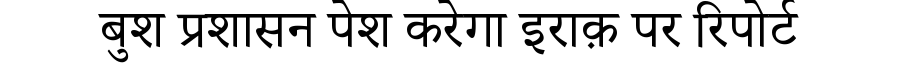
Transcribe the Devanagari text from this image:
बुश प्रशासन पेश करेगा इराक़ पर रिपोर्ट